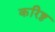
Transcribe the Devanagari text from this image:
करिष्ठ